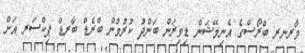
ވާރނރ ބްރޯސްގެ އެނިމޭޝަން ޑިވިޜަން ބަންދު ކުރުމުން ބްރެޑް ބާރޑް ޕިކްސަރ އަށް